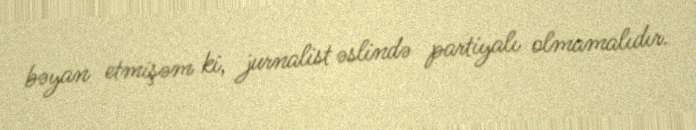
bəyan etmişəm ki, jurnalist əslində partiyalı olmamalıdır.